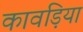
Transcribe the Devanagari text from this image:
कावड़िया